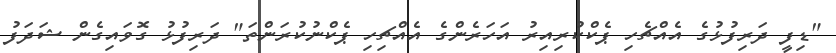
"ޑިފީ ދަރިފުޅުގެ އެއްޗެހި ޕެކްކުރިއިރު އަހަރެންގެ އެއްޗިހި ޕެކްނުކުރަންތަ" ދަރިފުޅު ގޮވައިގެން ޝަދަފު